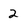
Character: 2